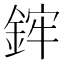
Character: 𨦭